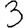
Digit: 3